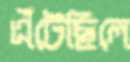
এঁটেছিলে